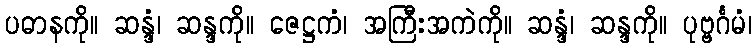
ပဓာနကို။ ဆန္ဒံ၊ ဆန္ဒကို။ ဇေဋ္ဌကံ၊ အကြီးအကဲကို။ ဆန္ဒံ၊ ဆန္ဒကို။ ပုဗ္ဗင်္ဂမံ၊